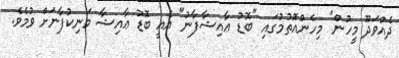
ދެއްވަދޫ މީހުން" މިހެންއޮތުމުގައި "ބޮޑު ޢާއިޝާފާނު" އެއީ ބޮޑު ޢާއިޝާ މަނިކުފާނަށް ވުމެވެ.